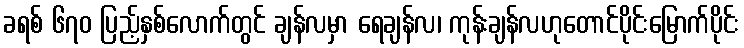
ခရစ် ၆၇၀ ပြည့်နှစ်လောက်တွင် ချန်လမှာ ရေချန်လ၊ ကုန်းချန်လဟုတောင်ပိုင်းမြောက်ပိုင်း